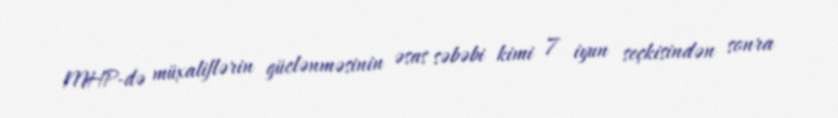
MHP-də müxaliflərin güclənməsinin əsas səbəbi kimi 7 iyun seçkisindən sonra